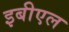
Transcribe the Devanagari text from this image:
इबीएल